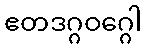
ဧတဒဂ္ဂဝဂ္ဂေါ